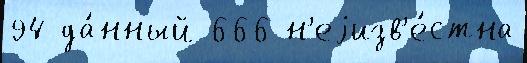
94 да́нный 666 н'еjизв'е́стна